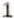
1